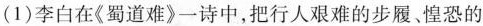
(1)李白在《蜀道难》一诗中，把行人艰难的步履。惶恐的